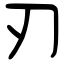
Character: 刃